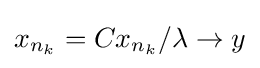
x_{n_{k}}=Cx_{n_{k}}/\lambda \to y